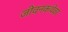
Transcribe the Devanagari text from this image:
जीवनकथेवर